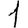
Digit: 1